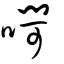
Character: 㗿